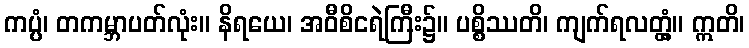
ကပ္ပံ၊ တကမ္ဘာပတ်လုံး။ နိရယေ၊ အဝီစိငရဲကြီး၌။ ပစ္စိဿတိ၊ ကျက်ရလတ္တံ့။ ဣတိ၊